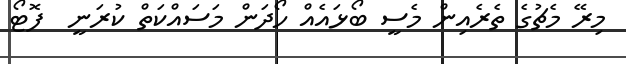
މިރޭ މެޗުގެ ތެރެއިން މެސީ ބޯޅައެއް ހޯދަން މަސައްކަތް ކުރަނީ  ފޮޓޯ